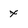
Character: x